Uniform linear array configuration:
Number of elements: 12
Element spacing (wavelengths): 0.75
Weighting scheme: cosine
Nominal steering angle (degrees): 45
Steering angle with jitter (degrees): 46.247
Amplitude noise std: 0.05
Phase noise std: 0.05

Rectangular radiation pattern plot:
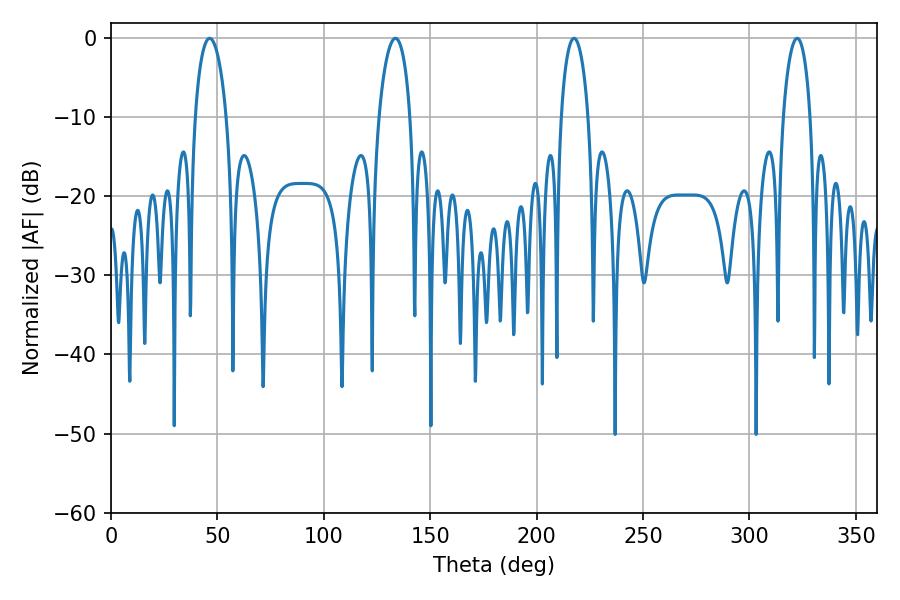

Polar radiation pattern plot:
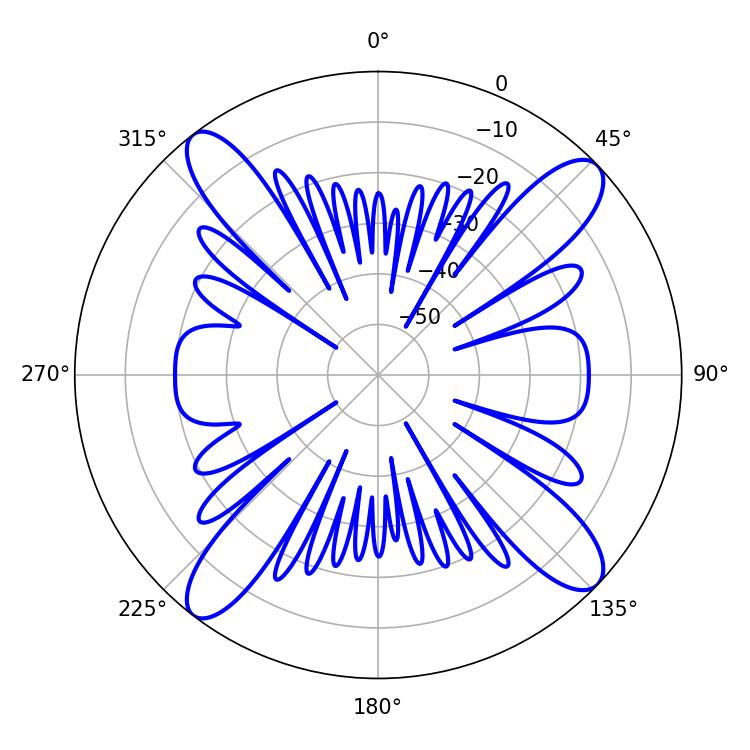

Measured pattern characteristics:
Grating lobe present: TRUE
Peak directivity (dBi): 15.075
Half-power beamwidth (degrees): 7.2
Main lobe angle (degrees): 217.62